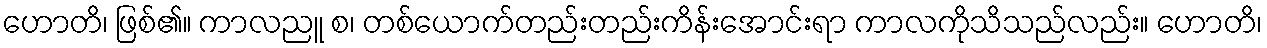
ဟောတိ၊ ဖြစ်၏။ ကာလညူ စ၊ တစ်ယောက်တည်းတည်းကိန်းအောင်းရာ ကာလကိုသိသည်လည်း။ ဟောတိ၊